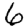
Digit: 6